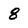
Character: 8